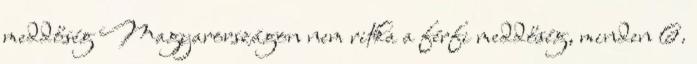
meddőség Magyarországon nem ritka a férfi meddőség, minden 6.